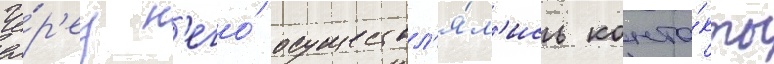
Че́р'ез н'его́ осуществл'я́л'ись конта́кты